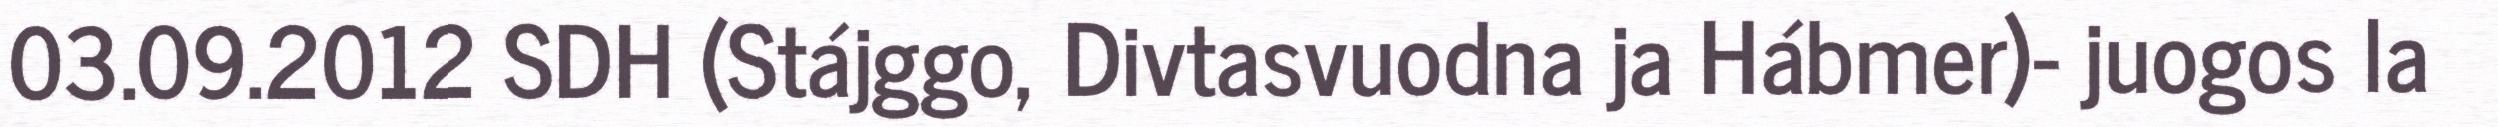
03.09.2012 SDH (Stájggo, Divtasvuodna ja Hábmer)- juogos la